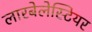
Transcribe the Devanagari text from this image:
लारबेलेस्टियर